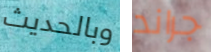
وبالحديث جراند